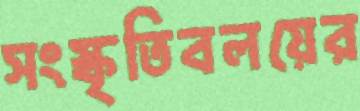
সংস্কৃতিবলয়ের